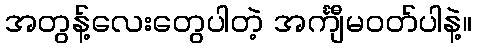
အတွန့်လေးတွေပါတဲ့ အင်္ကျီမဝတ်ပါနဲ့။